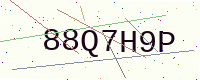
Text: 88Q7H9P